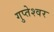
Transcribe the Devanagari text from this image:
गुप्तेश्‍वर